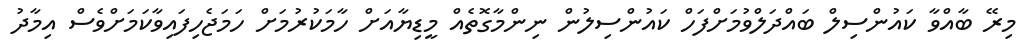
މިރޭ ބާއްވާ ކައުންސިލް ބައްދަލްވުމަށްފަހް ކައުންސިލުން ނިންމާގޮތެއް މީޑިޔާއަށް ހާމަކުރުމަށް ހަމަޖެހިފައިވާކަމަށްވެސް އިމާދު